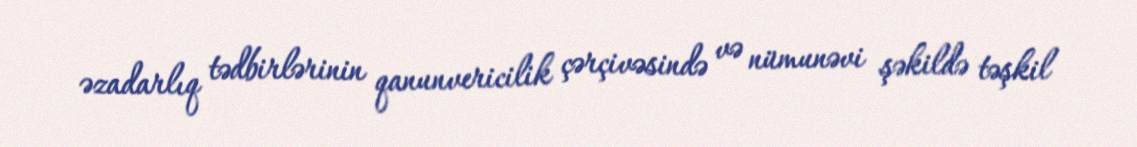
əzadarlıq tədbirlərinin qanunvericilik çərçivəsində və nümunəvi şəkildə təşkil